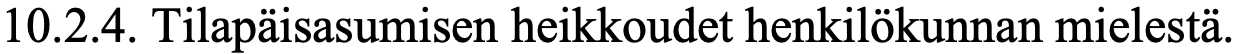
10.2.4. Tilapäisasumisen heikkoudet henkilökunnan mielestä.